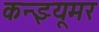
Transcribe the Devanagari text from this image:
कन्झ्यूमर